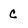
Character: C